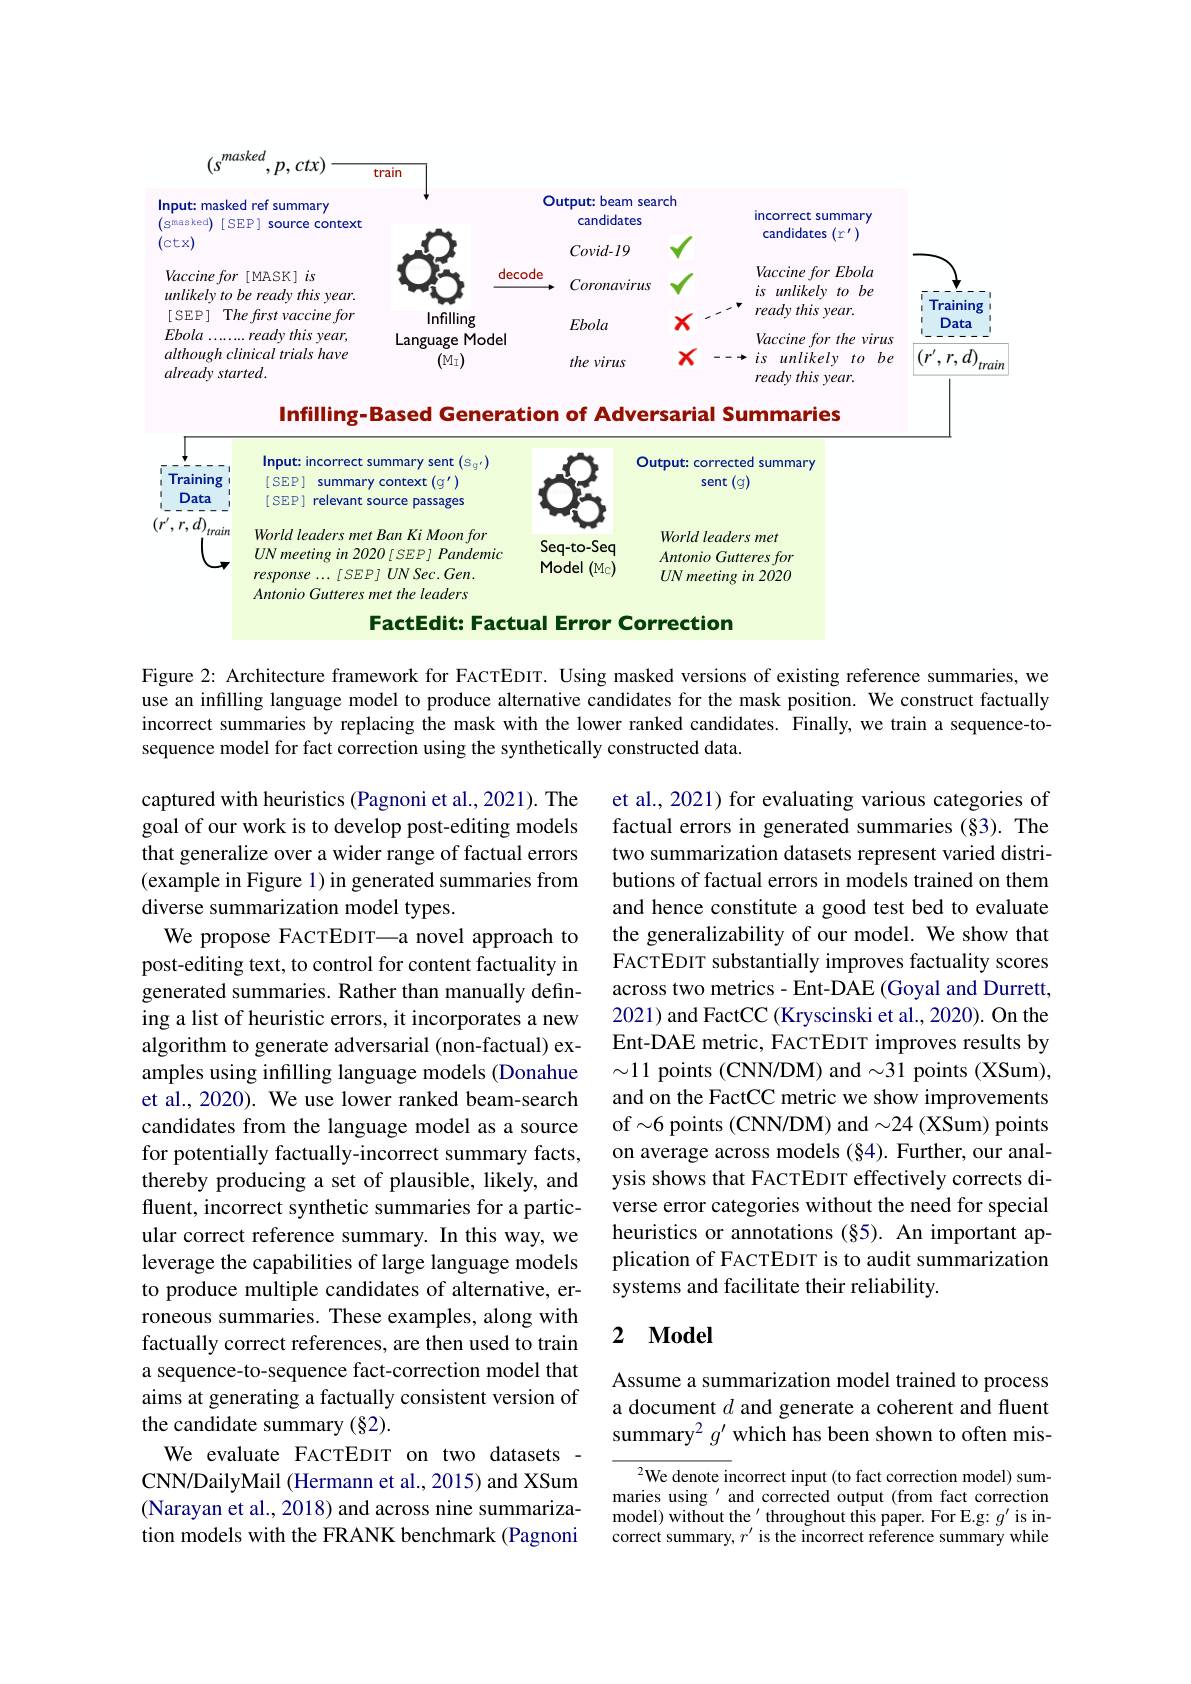
<FigureHere>

Infilling-Based Generation of Adversarial Summaries
<FigureHere>

FactEdit: Factual Error Correction

Figure 2: Architecture framework for FACTEDIT. Using masked versions of existing reference summaries, we use an infilling language model to produce alternative candidates for the mask position. We construct factually incorrect summaries by replacing the mask with the lower ranked candidates. Finally, we train a sequence-tosequence model for fact correction using the synthetically constructed data.

et al., 2021) for evaluating various categories of factual errors in generated summaries (§3). The two summarization datasets represent varied distributions of factual errors in models trained on them and hence constitute a good test bed to evaluate the generalizability of our model. We show that FACTEDIT substantially improves factuality scores across two metrics - Ent-DAE (Goyal and Durrett, 2021) and FactCC (Kryscinski et al., 2020). On the Ent-DAE metric, FACTEDIT improves results by $\sim11$ points (CNN/DM) and $\sim31$ points (XSum), and on the FactCC metric we show improvements of $\sim6$ points (CNN/DM) and $\sim24$ (XSum) points on average across models (§4). Further, our analysis shows that FACTEDIT effectively corrects diverse error categories without the need for special heuristics or annotations (§5). An important application of FACTEDIT is to audit summarization systems and facilitate their reliability.

captured with heuristics (Pagnoni et al., 2021). The goal of our work is to develop post-editing models that generalize over a wider range of factual errors (example in Figure 1) in generated summaries from diverse summarization model types.
We propose FACTEDIT—a novel approach to post-editing text, to control for content factuality in generated summaries. Rather than manually defining a list of heuristic errors, it incorporates a new algorithm to generate adversarial (non-factual) examples using infılling language models (Donahue et al., 2020). We use lower ranked beam-search candidates from the language model as a source for potentially factually-incorrect summary facts, thereby producing a set of plausible, likely, and fluent, incorrect synthetic summaries for a particular correct reference summary. In this way, we leverage the capabilities of large language models to produce multiple candidates of alternative, erroneous summaries. These examples, along with factually correct references, are then used to train a sequence-to-sequence fact-correction model that aims at generating a factually consistent version of the candidate summary (§2).
We evaluate FACTEDIT on two datasets CNN/DailyMail (Hermann et al., 2015) and XSum (Narayan et al., 2018) and across nine summarization models with the FRANK benchmark (Pagnoni

## 2 $\mathbf{Model}$

Assume a summarization model trained to process a document $d$ and generate a coherent and fluent summary$^2g^{\prime}$ which has been shown to often mis-

$^{2}$We denote incorrect input (to fact correction model) summaries using 'and corrected output (from fact correction model) without the'throughout this paper. For E.g: $g^\prime$ is incorrect summary, $r^\prime$ is the incorrect reference summary while